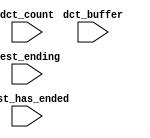
//Legal Notice: (C)2014 Altera Corporation. All rights reserved.  Your
//use of Altera Corporation's design tools, logic functions and other
//software and tools, and its AMPP partner logic functions, and any
//output files any of the foregoing (including device programming or
//simulation files), and any associated documentation or information are
//expressly subject to the terms and conditions of the Altera Program
//License Subscription Agreement or other applicable license agreement,
//including, without limitation, that your use is for the sole purpose
//of programming logic devices manufactured by Altera and sold by Altera
//or its authorized distributors.  Please refer to the applicable
//agreement for further details.


// turn off superfluous verilog processor warnings 
// altera message_level Level1 
// altera message_off 10034 10035 10036 10037 10230 10240 10030 

module cpu_linux_oci_test_bench (
                                  // inputs:
                                   dct_buffer,
                                   dct_count,
                                   test_ending,
                                   test_has_ended
                                )
;

  input   [ 29: 0] dct_buffer;
  input   [  3: 0] dct_count;
  input            test_ending;
  input            test_has_ended;


endmodule